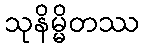
သုနိမ္မိတဿ